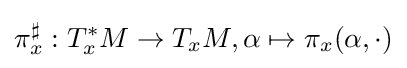
\pi _{x}^{\sharp }:T_{x}^{*}M\to T_{x}M,\alpha \mapsto \pi _{x}(\alpha ,\cdot )